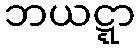
ဘယဋ္ဋာ